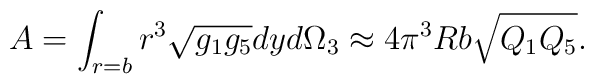
A=\int_{r=b} r^3\sqrt{g_1g_5}dy d\Omega_3\approx 4\pi^3Rb\sqrt{Q_1Q_5}.